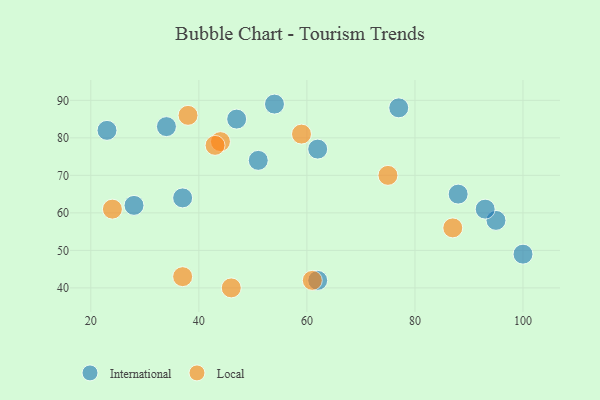
{"axis": {"x": "GDP", "y": "Life Expectancy"}, "legend": ["International", "Local"], "data": [{"x": "62", "y": 42, "type": "International"}, {"x": "95", "y": 58, "type": "International"}, {"x": "47", "y": 85, "type": "International"}, {"x": "37", "y": 64, "type": "International"}, {"x": "51", "y": 74, "type": "International"}, {"x": "62", "y": 77, "type": "International"}, {"x": "77", "y": 88, "type": "International"}, {"x": "88", "y": 65, "type": "International"}, {"x": "34", "y": 83, "type": "International"}, {"x": "100", "y": 49, "type": "International"}, {"x": "23", "y": 82, "type": "International"}, {"x": "93", "y": 61, "type": "International"}, {"x": "54", "y": 89, "type": "International"}, {"x": "28", "y": 62, "type": "International"}, {"x": "38", "y": 86, "type": "Local"}, {"x": "61", "y": 42, "type": "Local"}, {"x": "46", "y": 40, "type": "Local"}, {"x": "44", "y": 79, "type": "Local"}, {"x": "43", "y": 78, "type": "Local"}, {"x": "75", "y": 70, "type": "Local"}, {"x": "87", "y": 56, "type": "Local"}, {"x": "37", "y": 43, "type": "Local"}, {"x": "24", "y": 61, "type": "Local"}, {"x": "59", "y": 81, "type": "Local"}]}